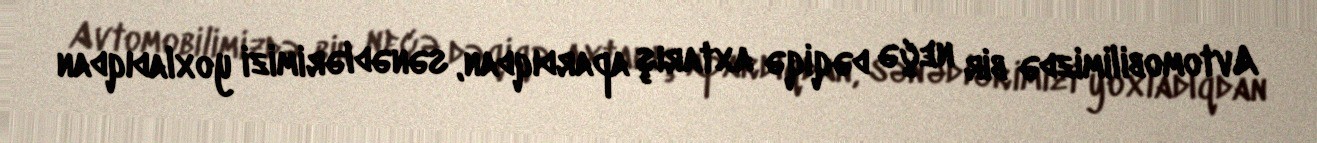
Avtomobilimizdə bir neçə dəqiqə axtarış apardıqdan, sənədlərimizi yoxladıqdan